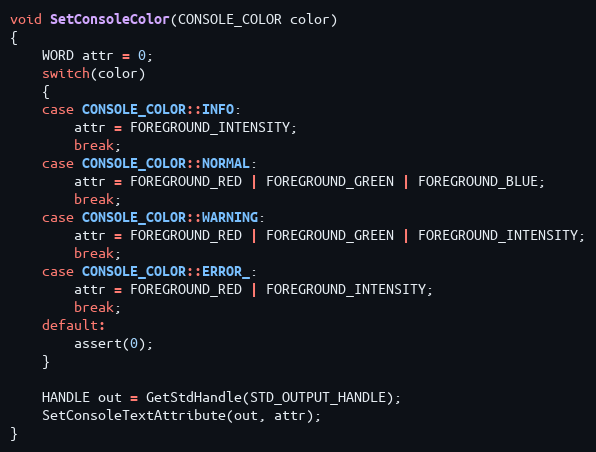
Language: C++
void SetConsoleColor(CONSOLE_COLOR color)
{
    WORD attr = 0;
    switch(color)
    {
    case CONSOLE_COLOR::INFO:
        attr = FOREGROUND_INTENSITY;
        break;
    case CONSOLE_COLOR::NORMAL:
        attr = FOREGROUND_RED | FOREGROUND_GREEN | FOREGROUND_BLUE;
        break;
    case CONSOLE_COLOR::WARNING:
        attr = FOREGROUND_RED | FOREGROUND_GREEN | FOREGROUND_INTENSITY;
        break;
    case CONSOLE_COLOR::ERROR_:
        attr = FOREGROUND_RED | FOREGROUND_INTENSITY;
        break;
    default:
        assert(0);
    }

    HANDLE out = GetStdHandle(STD_OUTPUT_HANDLE);
    SetConsoleTextAttribute(out, attr);
}